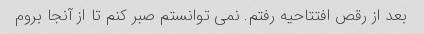
بعد از رقص افتتاحیه رفتم. نمی توانستم صبر کنم تا از آنجا بروم